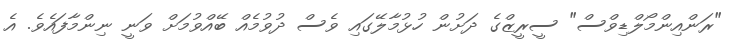
"ރަންއިންމޯލްޑިވްސް" ސީރީޒްގެ ދަށުން ހުޅުމާލޭގައި ވެސް ދުވުމެއް ބޭއްވުމަށް ވަނީ ނިންމާފައެވެ. އެ